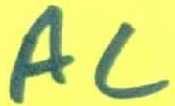
Text: AC